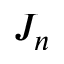
J _ { n }